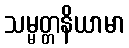
သမ္မတ္တနိယာမာ